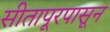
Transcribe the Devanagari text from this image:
सीतापूरपासून